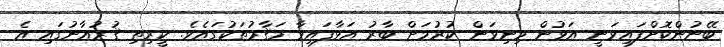
ބޭނުންކޮށްފައިވަނީ އަޅުން މިނިވަން ކުރުމަށް ބާރު އަޅާފައިވާ މަޤާމުތަކުގައެވެ. ކީރިތި ޤުރުއާނުގައި އެ